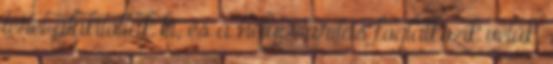
teret alakítottak ki, és a helyi Caritas foglalkozik velük.